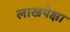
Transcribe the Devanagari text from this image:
लाखपेक्षा